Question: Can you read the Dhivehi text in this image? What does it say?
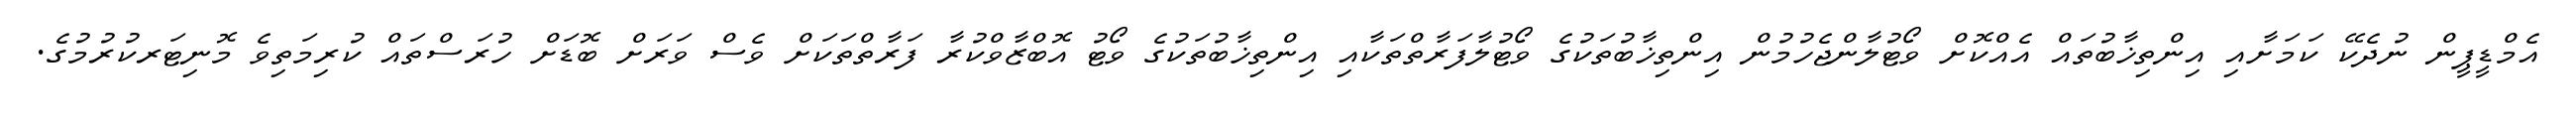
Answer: އެމްޑީޕީން ނުދެކޭ ކަމަށާއި އިންތިޚާބުތައް އެއްކޮށް ވޯޓުލާންޖެހުމުން އިންތިޚާބުތަކުގެ ވޯޓުލާފަރާތްތަކާއި އިންތިޚާބުތަކުގެ ވޯޓު އޮބްޒާވްކުރާ ފަރާތްތަކަށް ވެސް ވަރަށް ބޮޑަށް ހުރަސްތައް ކުރިމަތިވެ މޮނިޓަރކުރުމުގެ.